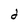
Character: d